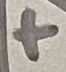
Text: +